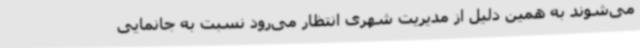
می‌شوند به همین دلیل از مدیریت شهری انتظار می‌رود نسبت به جانمایی